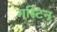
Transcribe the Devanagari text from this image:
गस्टिन